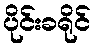
ပိုင်းခရိုင်